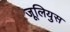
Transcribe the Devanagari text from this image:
जूलियुस